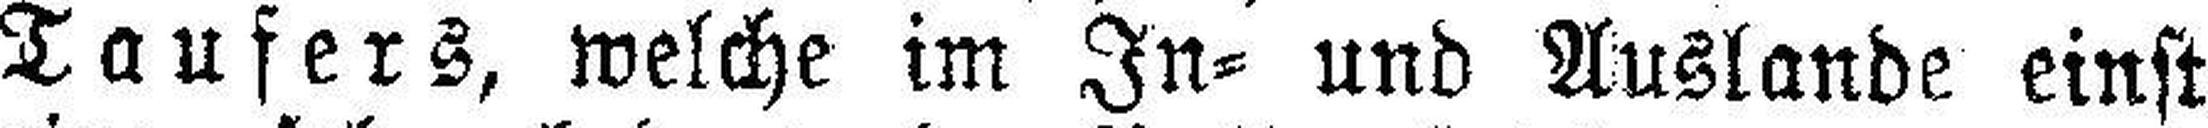
Taufers, welche im In= und Auslande einst